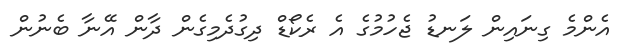
އެންމެ ގިނައިން ލަނޑު ޖެހުމުގެ އެ ރެކޯޑް ދިގުދެމިގެން ދާން އޭނާ ބެނުން